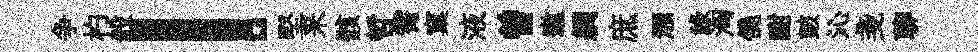
争杓般！堅来骸哲霄窠液曽邀綢庶澦祿洶僥酣皷沁戔聊